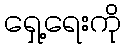
ရှေ့ရေးကို